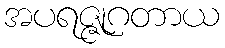
အပရဇ္ဇုဂတာယ